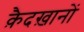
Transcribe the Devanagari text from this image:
क़ैदख़ानों